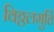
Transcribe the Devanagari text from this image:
विठ्ठलमुर्ति